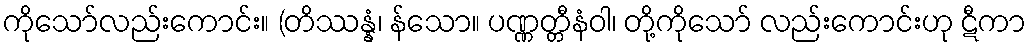
ကိုသော်လည်းကောင်း။ (တိဿန္နံ၊ န်သော။ ပဏ္ဏတ္တီနံဝါ၊ တို့ကိုသော် လည်းကောင်းဟု ဋီကာ